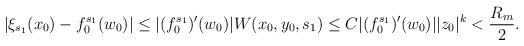
\begin{align*}|\xi_{s_1}(x_0)-f_0^{s_1}(w_0)|&\leq |(f_0^{s_1})'(w_0)|W(x_0,y_0,s_1)\le C|(f_0^{s_1})'(w_0)| |z_0|^k< \frac{R_m}{2}.\end{align*}